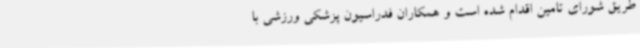
طریق شورای تامین اقدام شده است و همکاران فدراسیون پزشکی ورزشی با